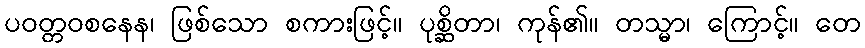
ပဝတ္တဝစနေန၊ ဖြစ်သော စကားဖြင့်။ ပုစ္ဆိတာ၊ ကုန်၏။ တသ္မာ၊ ကြောင့်။ တေ